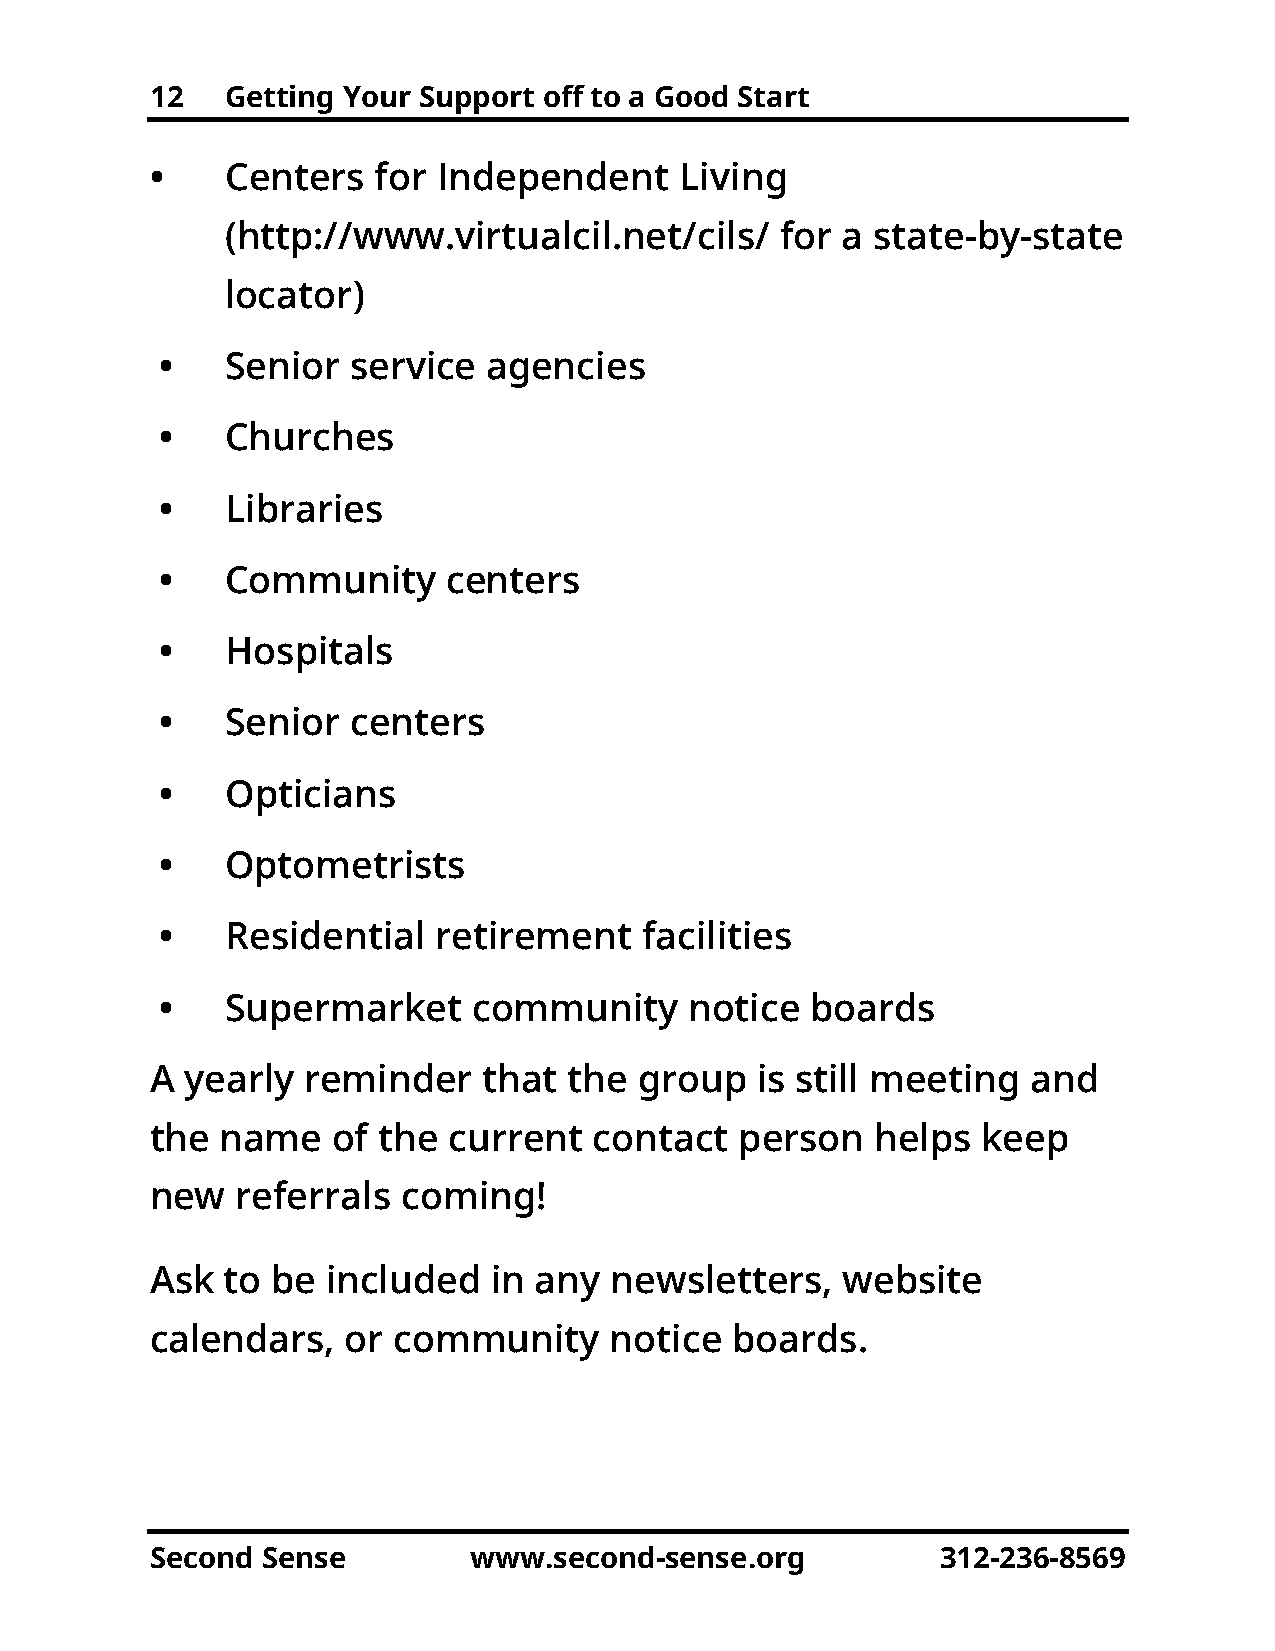
12   Getting Your Support off to a Good Start
 •    Centers   for Independent     Living
 (http://www.virtualcil.net/cils/     for a state-by-state
 locator)
 •   Senior  service  agencies
 •   Churches
 •   Libraries
 •   Community      centers
 •   Hospitals
 •   Senior  centers
 •   Opticians
 •   Optometrists
 •   Residential   retirement   facilities
 •   Supermarket     community      notice  boards
 A yearly  reminder    that  the group   is still meeting  and
 the  name   of the  current  contact   person   helps  keep
 new   referrals  coming!
 Ask  to be  included   in any newsletters,    website
 calendars,   or community     notice  boards.
 Second Sense         www.second-sense.org           312-236-8569